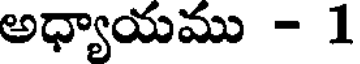
అధ్యాయము - 1